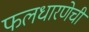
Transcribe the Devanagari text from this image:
फलधारणेची